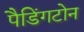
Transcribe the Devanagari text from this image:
पैडिंगटोन